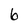
Character: 6